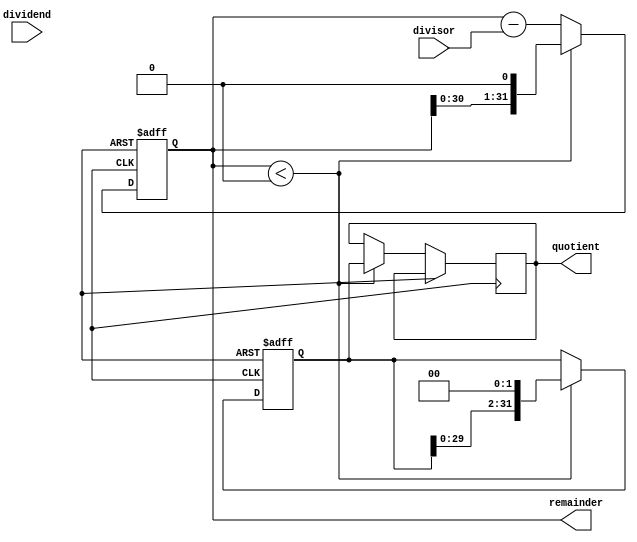
module restoring_divider(
    input wire [31:0] dividend,
    input wire [31:0] divisor,
    output reg [31:0] quotient,
    output reg [31:0] remainder
);

reg [31:0] partial_remainder;
reg [31:0] partial_quotient;
reg [4:0] shift_counter;

always @ (posedge clk or posedge rst) begin
    if (rst) begin
        partial_remainder <= 0;
        partial_quotient <= 0;
        shift_counter <= 0;
    end else begin
        partial_remainder <= partial_remainder - divisor;
        if (partial_remainder < 0) begin
            partial_remainder <= partial_remainder + divisor;
            quotient <= partial_quotient;
            partial_quotient <= 0;
            partial_remainder <= partial_remainder << 1;
            partial_quotient <= partial_quotient << 1 + 1;
            shift_counter <= shift_counter + 1;
        end
    end
end

assign remainder = partial_remainder;

endmodule